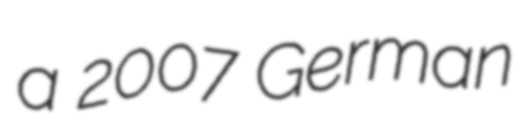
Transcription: a 2007 German